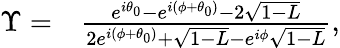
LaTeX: \begin{array}{rl}{\Upsilon=}&{{}\frac{e^{i\theta_{0}}-e^{i(\phi+\theta_{0})}-2\sqrt{1-L}}{2e^{i(\phi+\theta_{0})}+\sqrt{1-L}-e^{i\phi}\sqrt{1-L}},}\end{array}